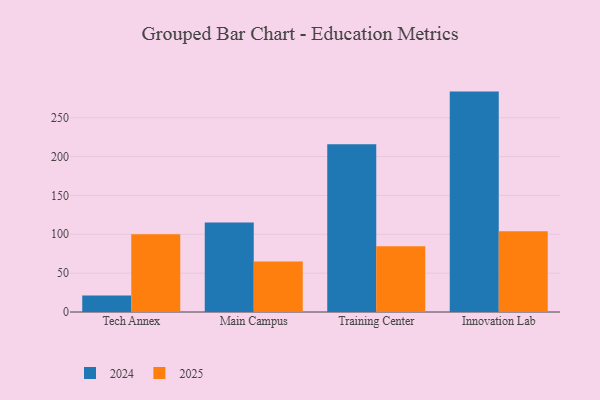
{"axis": {"x": "Campus", "y": "LTV (USD)"}, "legend": ["2024", "2025"], "data": [{"x": "Tech Annex", "y": 99.9, "type": "2025"}, {"x": "Tech Annex", "y": 21.2, "type": "2024"}, {"x": "Main Campus", "y": 65.1, "type": "2025"}, {"x": "Main Campus", "y": 115.2, "type": "2024"}, {"x": "Training Center", "y": 84.7, "type": "2025"}, {"x": "Training Center", "y": 215.7, "type": "2024"}, {"x": "Innovation Lab", "y": 103.9, "type": "2025"}, {"x": "Innovation Lab", "y": 283.6, "type": "2024"}]}